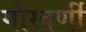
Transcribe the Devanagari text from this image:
गौरवर्णी